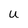
Character: U